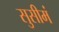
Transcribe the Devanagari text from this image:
सुसीमं